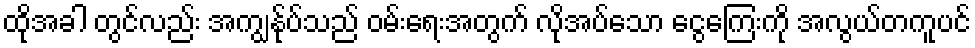
ထိုအခါ တွင်လည်း အကျွန်ုပ်သည် ဝမ်းရေးအတွက် လိုအပ်သော ငွေကြေးကို အလွယ်တကူပင်